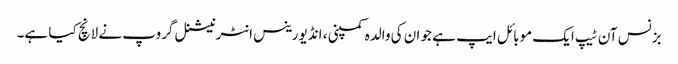
بزنس آن ٹیپ ایک موبائل ایپ ہے جو ان کی والدہ کمپنی ، انڈیورینس انٹرنیشنل گروپ نے لانچ کیا ہے۔